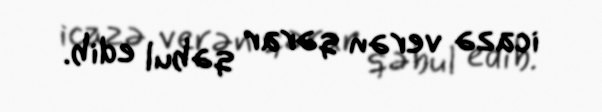
icazə verən qərar qəbul edib.